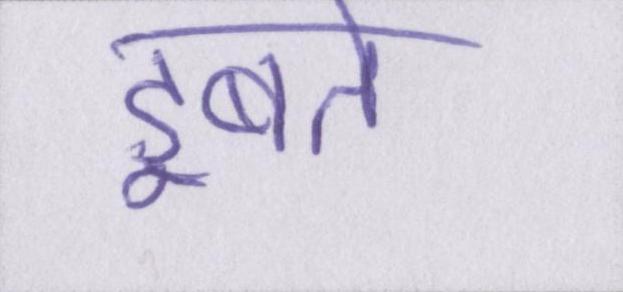
डूबते